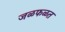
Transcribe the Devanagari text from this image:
जळफळत